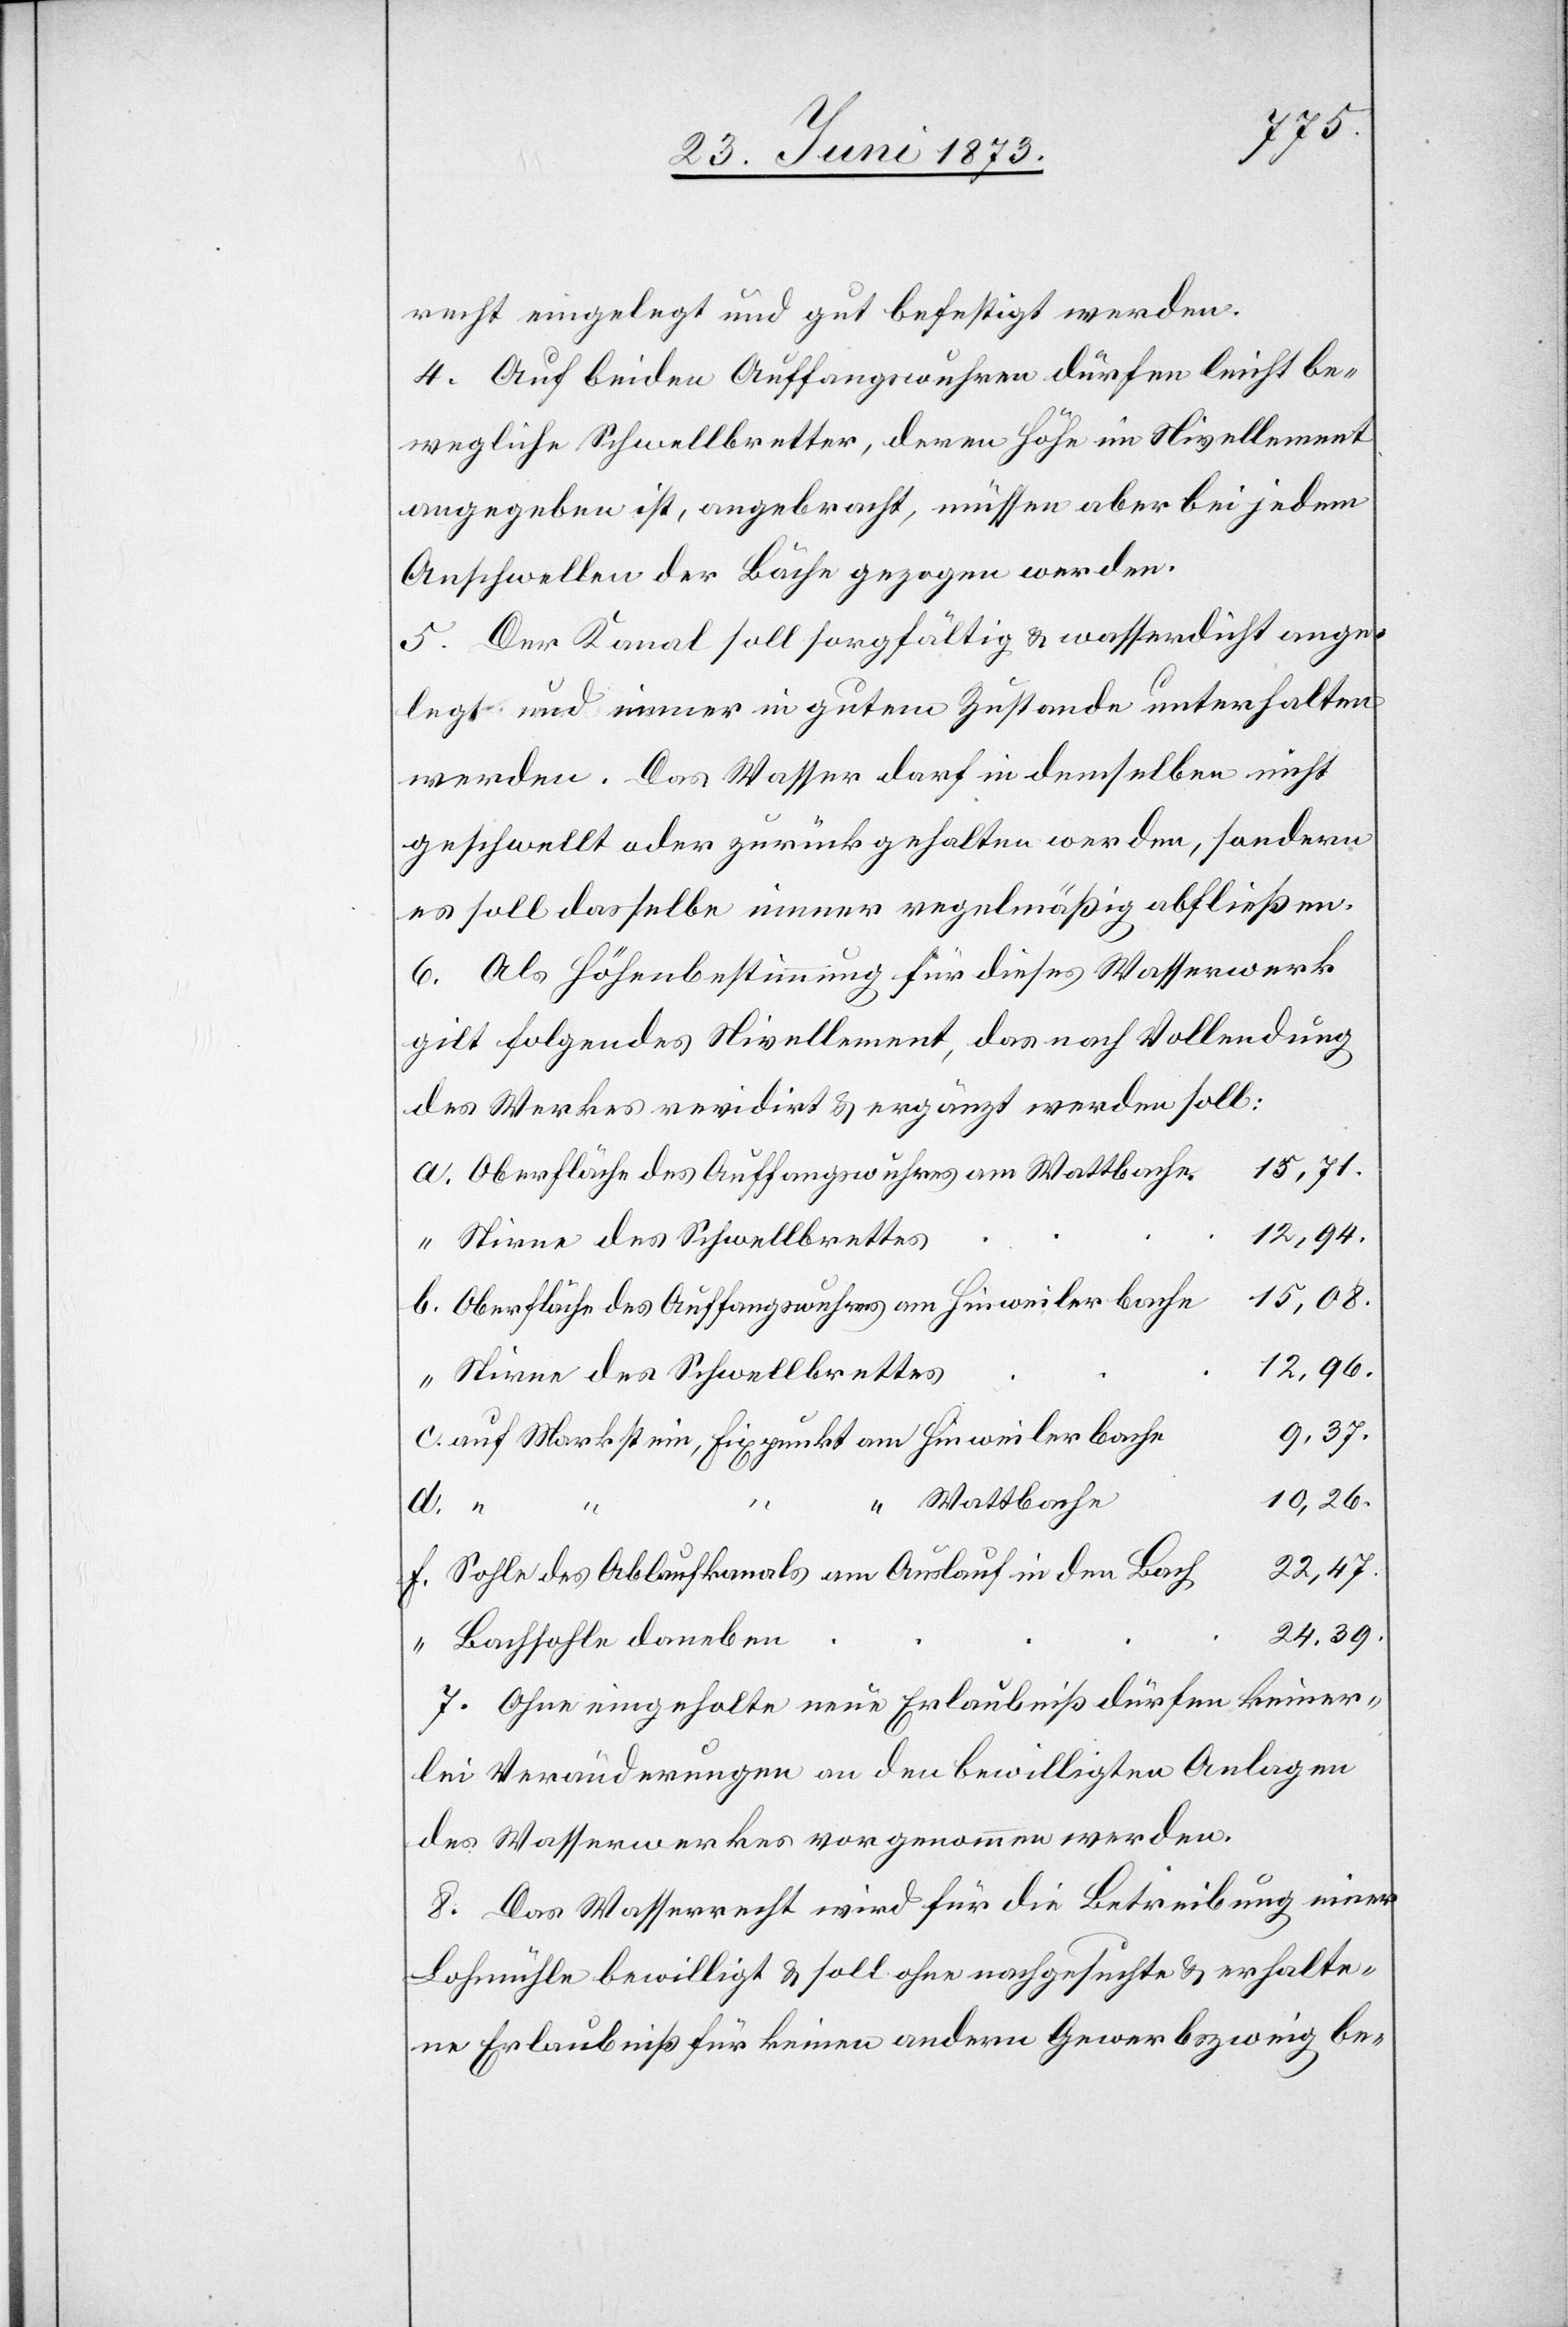
recht eingelegt und gut befestigt werden.
4. Auf beiden Auffangswuhren dürfen leicht be¬
wegliche Schwellbretter, deren Höhe im Nivellement
angegeben ist, angebracht, müssen aber bei jedem
Anschwellen der Bäche gezogen werden.
5. Der Kanal soll sorgfältig & wasserdicht ange¬
legt und immer in gutem Zustande unterhalten
werden. Das Wasser darf in demselben nicht
geschwellt oder zurückgehalten werden, sondern
es soll dasselbe immer regelmäßig abfließen.
6. Als Höhenbestimmung für dieses Wasserwerk
gilt folgendes Nivellement, das nach Vollendung
des Werkes revidirt & ergänzt werden soll:
15,71.
Oberfläche des Auffangswuhres am Wattbache.
12,96.
15,08.
Oberfläche des Auffangswuhres am Hinweilerbache
Stirne des Schwellbrettes
9,37.
auf Markstein, Fixpunkt am Hinweilerbache
10,26.
“ Wattbache
22,47.
Sohle des Ablaufkanals am Auslauf in den Bach
24,39.
“
Bachsohle daneben
7. Ohne eingeholte neue Erlaubniß dürfen keiner¬
lei Veränderungen an den bewilligten Anlagen
des Wasserwerkes vorgenommen werden.
8. Das Wasserrecht wird für die Betreibung einer
Lohmühle bewilligt & soll ohne nachgesuchte & erhalte¬
ne Erlaubniß für keinen anderen Gewerbszweig be-